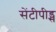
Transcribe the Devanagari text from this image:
सेंटीपीड्स